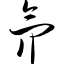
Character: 氘